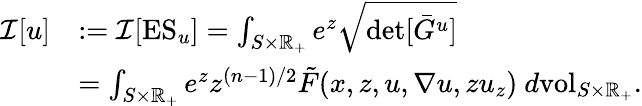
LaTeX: \begin{array}{rl}{\mathcal{I}[u]}&{:=\mathcal{I}[\mathrm{ES}_{u}]=\int_{S\times\mathbb{R}_{+}}e^{z}\sqrt{\operatorname*{det}[\bar{G}^{u}]}}\\ &{=\int_{S\times\mathbb{R}_{+}}e^{z}z^{(n-1)/2}\tilde{F}(x,z,u,\nabla u,zu_{z})\ d\mathrm{vol}_{S\times\mathbb{R}_{+}}.}\end{array}